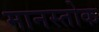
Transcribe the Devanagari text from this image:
मानस्तोक